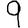
Digit: 9